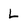
Character: L